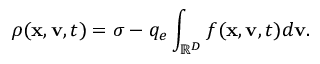
\rho ( \mathbf { x } , \mathbf { v } , t ) = \sigma - q _ { e } \int _ { \mathbb { R } ^ { D } } f ( \mathbf { x } , \mathbf { v } , t ) d \mathbf { v } .